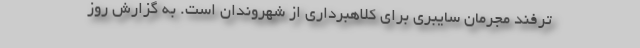
ترفند مجرمان سایبری برای کلاهبرداری از شهروندان است. به گزارش روز